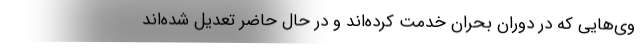
وی‌هایی که در دوران بحران خدمت کرده‌اند و در حال حاضر تعدیل شده‌اند